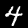
Label: 4